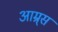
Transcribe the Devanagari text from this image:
आम्र्स